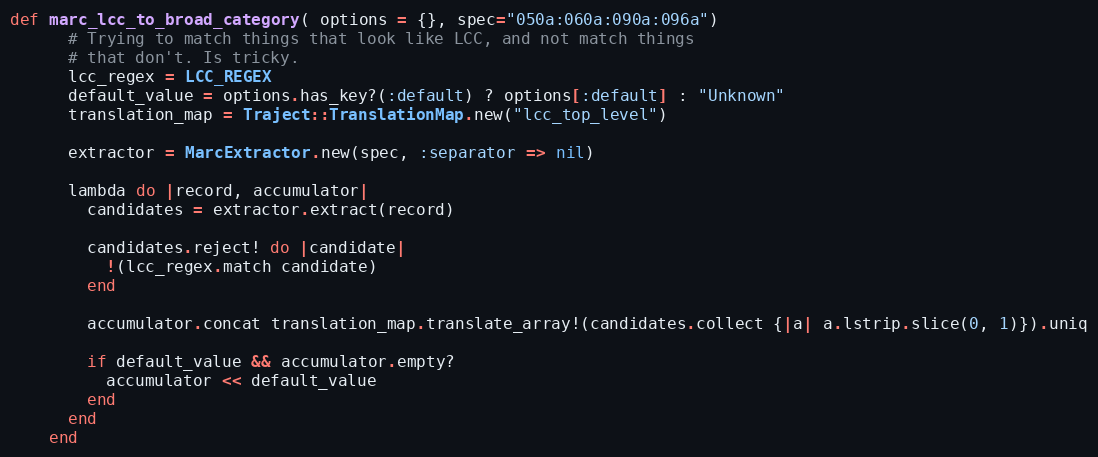
Language: Ruby
def marc_lcc_to_broad_category( options = {}, spec="050a:060a:090a:096a")
      # Trying to match things that look like LCC, and not match things
      # that don't. Is tricky.
      lcc_regex = LCC_REGEX
      default_value = options.has_key?(:default) ? options[:default] : "Unknown"
      translation_map = Traject::TranslationMap.new("lcc_top_level")

      extractor = MarcExtractor.new(spec, :separator => nil)

      lambda do |record, accumulator|
        candidates = extractor.extract(record)

        candidates.reject! do |candidate|
          !(lcc_regex.match candidate)
        end

        accumulator.concat translation_map.translate_array!(candidates.collect {|a| a.lstrip.slice(0, 1)}).uniq

        if default_value && accumulator.empty?
          accumulator << default_value
        end
      end
    end